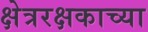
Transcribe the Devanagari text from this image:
क्षेत्ररक्षकाच्या